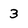
Character: 3